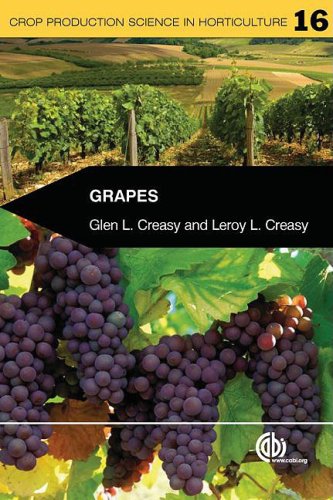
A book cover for Grapes (Crop Production Science in Horticulture); G.L. Creasy; Science & Math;